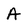
Character: A